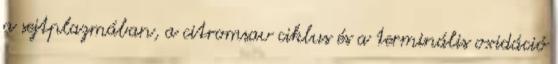
a sejtplazmában, a citromsav ciklus és a terminális oxidáció